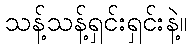
သန့်သန့်ရှင်းရှင်းနဲ့။